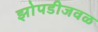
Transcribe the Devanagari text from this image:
झोपडीजवळ